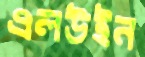
এলউইন